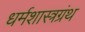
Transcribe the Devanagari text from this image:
धर्मशास्त्रग्रंथ